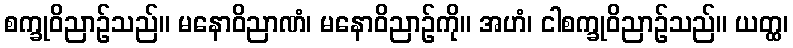
စက္ခုဝိညာဉ်သည်။ မနောဝိညာဏံ၊ မနောဝိညာဉ်ကို။ အဟံ၊ ငါစက္ခုဝိညာဉ်သည်။ ယတ္ထ၊